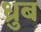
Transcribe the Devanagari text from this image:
ध्रुब